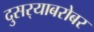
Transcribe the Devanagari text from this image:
दुसर्‍याबरोबर